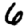
Digit: 6